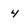
Character: 4